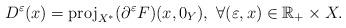
LaTeX: \begin{align*}D^{\varepsilon }(x)=\mathrm{proj}_{X^{\ast }}(\partial ^{\varepsilon }F)(x,{0_{Y}}),\ \forall (\varepsilon ,x)\in \mathbb{R}_{+}\times X. \end{align*}